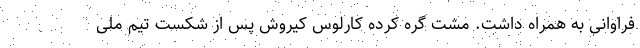
فراوانی به همراه داشت. مشت گره کرده کارلوس کیروش پس از شکست تیم ملی